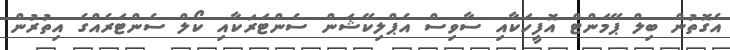
އެގޮތުން ބިލް ޕޭމަންޓް އޮފީހަކާއި ސާވިސް އެޕްލިކޭޝަން ސެންޓަރަކާއި ކޯލް ސެންޓަރެއްގެ އިތުރުން